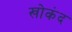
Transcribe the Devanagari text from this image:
खोकंद